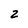
Character: 2